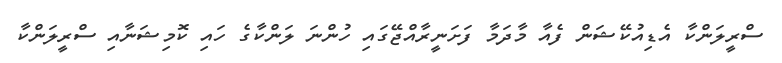
ސްރީލަންކާ އެޑިއުކޭޝަން ފެއާ މާދަމާ ފަށަަނީރާއްޖޭގައި ހުންނަ ލަންކާގެ ހައި ކޮމިޝަނާއި ސްރީލަންކާ